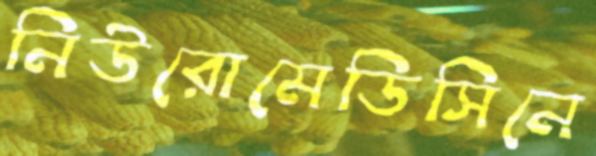
নিউরোমেডিসিনে